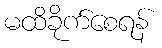
မထိခိုက်စေရန်